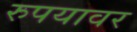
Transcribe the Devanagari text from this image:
रुपयावर